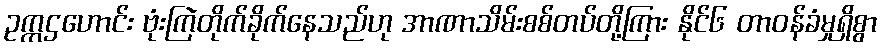
ဥက္ကဌဟောင်း ဗုံးကြဲတိုက်ခိုက်နေသည်ဟု အာဏာသိမ်းစစ်တပ်တို့ကြား နိုင်၆ တာဝန်ခံမှုရှိစွာ